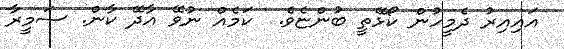
އައިއިރު ދެމީހުން ކޯޅޭތީ ބުންޏެވެ.  ކަމެއް ނުވޭ އާދޭ ކާން. ސަމީރާ